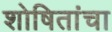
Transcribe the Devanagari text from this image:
शोषितांचा